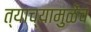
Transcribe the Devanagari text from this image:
त्याच्यामुळेंच